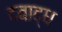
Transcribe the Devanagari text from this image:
दवाद्ध